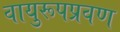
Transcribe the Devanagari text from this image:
वायुरूपप्रवण